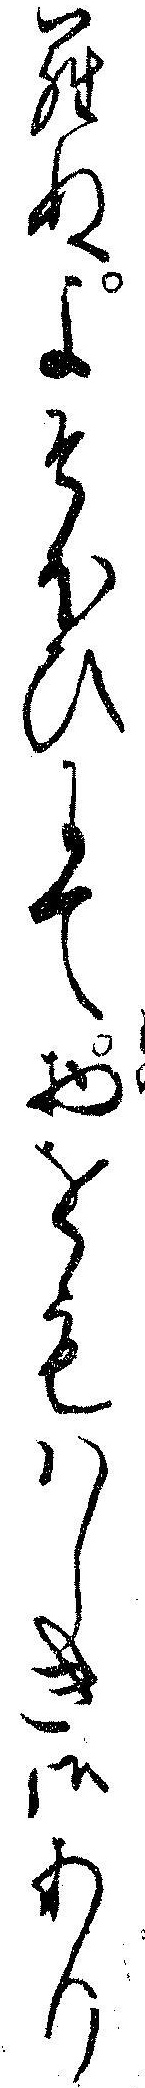
らぬよそほひにて物をもハしき御あり